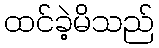
ထင်ခဲ့မိသည်